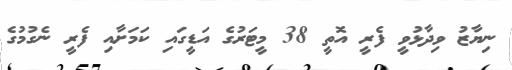
ނިޔާޒު ވިދާޅުވީ ފެރީ އޮތީ 38 މީޓަރުގެ އަޑީގައި ކަމަށާއި ފެރީ ނެގުމުގެ